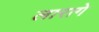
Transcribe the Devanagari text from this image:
लारागे